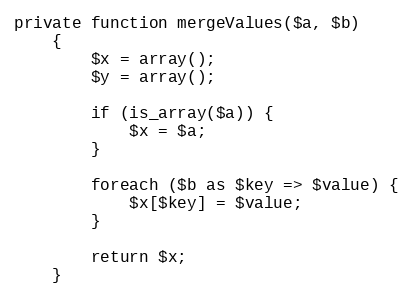
Language: PHP
private function mergeValues($a, $b)
    {
        $x = array();
        $y = array();

        if (is_array($a)) {
            $x = $a;
        }

        foreach ($b as $key => $value) {
            $x[$key] = $value;
        }

        return $x;
    }